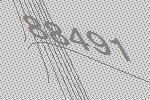
88491